Code of medical and sanitary regulations for the guidance of medical officers serving in the Madras Presidency - Volume II
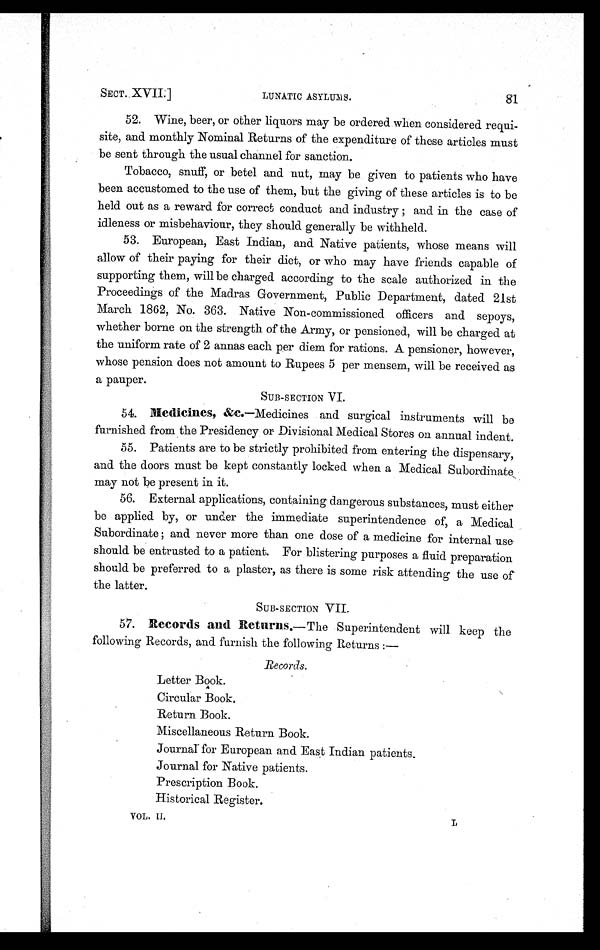
SECT. XVII.]
LUNATIC ASYLUMS.
81
52. Wine, beer, or other liquors may be ordered when considered requi-
site, and monthly Nominal Returns of the expenditure of these articles must
be sent through the usual channel for sanction.
Tobacco, snuff, or betel and nut, may be given to patients who have
been accustomed to the use of them, but the giving of these articles is to be
held out as a reward for correct conduct and industry; and in the case of
idleness or misbehaviour, they should generally be withheld.
53. European, East Indian, and Native patients, whose means will
allow of their paying for their diet, or who may have friends capable of
supporting them, will be charged according to the scale authorized in the
Proceedings of the Madras Government, Public Department, dated 21st
March 1862, No. 363. Native Non-commissioned officers and sepoys,
whether borne on the strength of the Army, or pensioned, will be charged at
the uniform rate of 2 annas each per diem for rations. A pensioner, however,
whose pension does not amount to Rupees 5 per mensem, will be received as
a pauper.
SUB-SECTION VI.
54. Medicines, &amp;c.—Medicines and surgical instruments will be
furnished from the Presidency or Divisional Medical Stores on annual indent.
55. Patients are to be strictly prohibited from entering the dispensary,
and the doors must be kept constantly locked when a Medical Subordinate,
may not be present in it.
56. External applications, containing dangerous substances, must either
be applied by, or under the immediate superintendence of, a Medical
Subordinate ; and never more than one dose of a medicine for internal use
should be entrusted to a patient. For blistering purposes a fluid preparation
should be preferred to a plaster, as there is some risk attending the use of
the latter.
SUB-SECTION VII.
57. Records and Returns. —The Superintendent will keep the
following Records, and furnish the following Returns :—
Records.
Letter Book.
Circular Book.
Return Book.
Miscellaneous Return Book.
Journal for European and East Indian patients.
Journal for Native patients.
Prescription Book.
Historical Register.
VOL. II
L